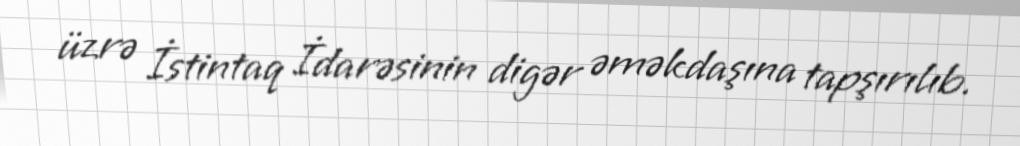
üzrə İstintaq İdarəsinin digər əməkdaşına tapşırılıb.